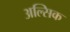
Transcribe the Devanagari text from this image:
अल्सिक